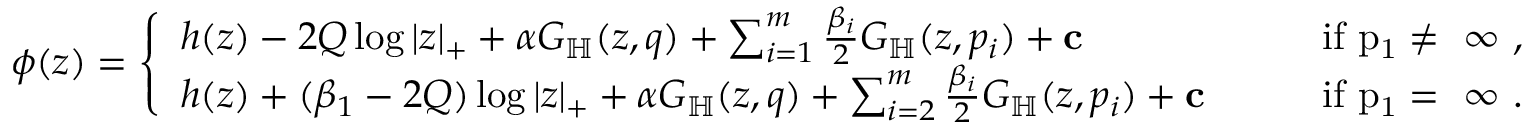
\begin{array} { r } { \phi ( z ) = \left\{ \begin{array} { l l } { h ( z ) - 2 Q \log | z | _ { + } + \alpha G _ { \mathbb H } ( z , q ) + \sum _ { i = 1 } ^ { m } \frac { \beta _ { i } } { 2 } G _ { \mathbb H } ( z , p _ { i } ) + \mathbf c } & { \qquad \mathrm { i f ~ p _ 1 \neq ~ \infty ~ , } } \\ { h ( z ) + ( \beta _ { 1 } - 2 Q ) \log | z | _ { + } + \alpha G _ { \mathbb H } ( z , q ) + \sum _ { i = 2 } ^ { m } \frac { \beta _ { i } } { 2 } G _ { \mathbb H } ( z , p _ { i } ) + \mathbf c } & { \qquad \mathrm { i f ~ p _ 1 = ~ \infty ~ . } } \end{array} \right. } \end{array}